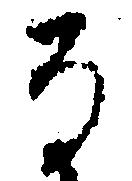
る